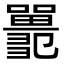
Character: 𡄞